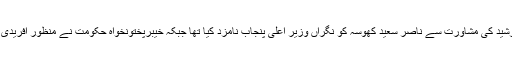
وزیر اعلیٰ پنجاب شہباز شریف اور اپوزیشن لیڈر محمود الرشید کی مشاورت سے ناصر سعید کھوسہ کو نگراں وزیر اعلیٰ پنجاب نامزد کیا تھا جبکہ خیبرپختونخواہ حکومت نے منظور آفریدی کا نام فائنل کیا تھا مگر بعد میں وہ بھی تنازع کا شکار بنا۔